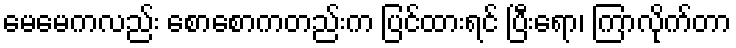
မေမေကလည်း စောစောကတည်းက ပြင်ထားရင် ပြီးရော၊ ကြာလိုက်တာ